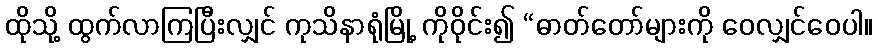
ထိုသို့ ထွက်လာကြပြီးလျှင် ကုသိနာရုံမြို့ ကိုဝိုင်း၍ “ဓာတ်တော်များကို ဝေလျှင်ဝေပါ။